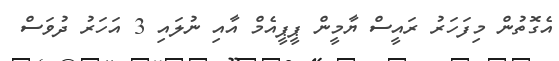
އެގޮތުން މިފަހަރު ރައީސް ޔާމީން ޕީޕީއެމް އާއި ނުލައި 3 އަހަރު ދުވަސް